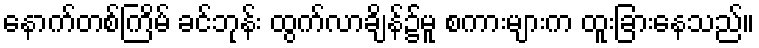
နောက်တစ်ကြိမ် ခင်ဘုန်း ထွက်လာချိန်၌မူ စကားများက ထူးခြားနေသည်။